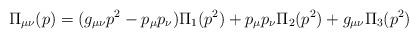
LaTeX: \begin{align*}\Pi_{\mu \nu}(p)=(g_{\mu \nu}p^2-p_{\mu}p_{\nu}) \Pi_1(p^2)+ p_{\mu}p_{\nu}\Pi_2(p^2)+g_{\mu \nu} \Pi_3(p^2)\end{align*}